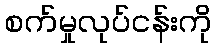
စက်မှုလုပ်ငန်းကို